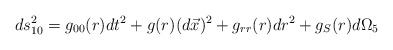
\begin{align*}ds^{2}_{10}=g_{00}(r)dt^{2}+g(r)(d\vec{x})^{2}+ g_{rr}(r)dr^{2}+g_{S}(r)d\Omega_{5}\end{align*}